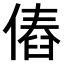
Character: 𠌴